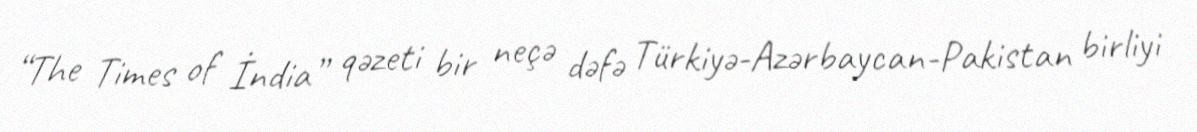
“The Times of İndia” qəzeti bir neçə dəfə Türkiyə-Azərbaycan-Pakistan birliyi